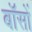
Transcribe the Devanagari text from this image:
बॉसों